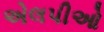
એલપીઓ